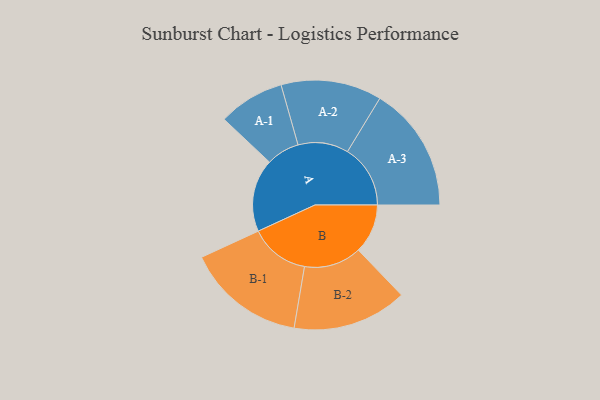
{"axis": {"x": "Segment", "y": "Value"}, "legend": ["", "A", "B"], "data": [{"x": "A", "y": 286, "type": ""}, {"x": "B", "y": 194, "type": ""}, {"x": "A-1", "y": 130, "type": "A"}, {"x": "A-2", "y": 198, "type": "A"}, {"x": "A-3", "y": 247, "type": "A"}, {"x": "B-1", "y": 234, "type": "B"}, {"x": "B-2", "y": 225, "type": "B"}]}